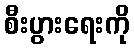
စီးပွားရေးကို